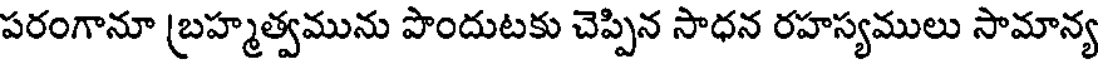
పరంగానూ (బహ్మత్వమును పొందుటకు చెప్పిన సాధన రహస్యములు సామాన్య